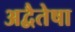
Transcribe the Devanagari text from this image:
अद्वैतेषा